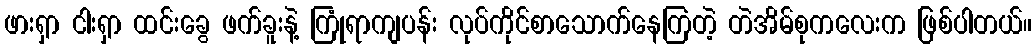
ဖားရှာ ငါးရှာ ထင်းခွေ ဖက်ခူးနဲ့ ကြုံရာကျပန်း လုပ်ကိုင်စာသောက်နေကြတဲ့ တဲအိမ်စုကလေးက ဖြစ်ပါတယ်။